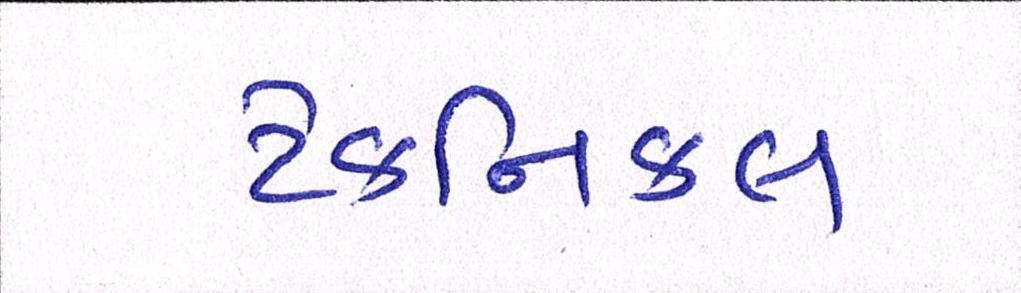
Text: ટેકનિકલ